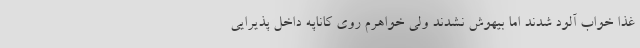
غذا خواب آلود شدند اما بیهوش نشدند ولی خواهرم روی کاناپه داخل پذیرایی